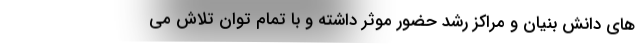
های دانش بنیان و مراکز رشد حضور موثر داشته و با تمام توان تلاش می